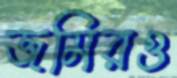
জমিরও